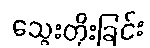
သွေးတိုးခြင်း